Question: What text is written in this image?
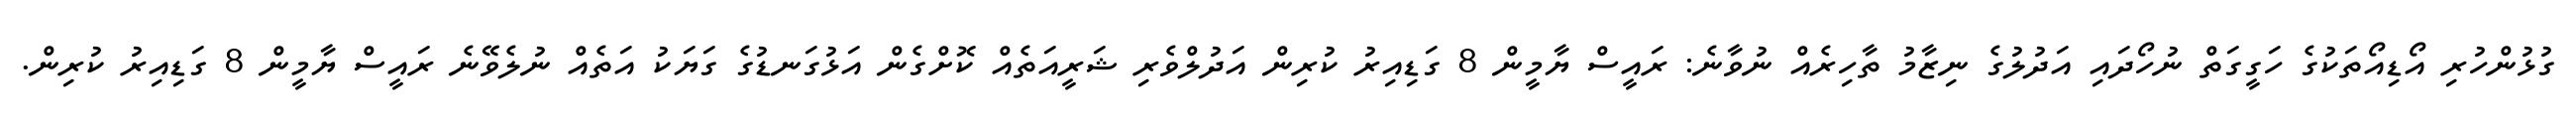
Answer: ގުޅުންހުރި އޯޑިއޯތަކުގެ ހަގީގަތް ނުހޯދައި އަދުލުގެ ނިޒާމު ތާހިރެއް ނުވާނެ: ރައީސް ޔާމީން 8 ގަޑިއިރު ކުރިން އަދުލްވެރި ޝަރީއަތެއް ކޮށްގެން އަޅުގަނޑުގެ ގަޔަކު އަތެއް ނުލެވޭނެ ރައީސް ޔާމީން 8 ގަޑިއިރު ކުރިން.